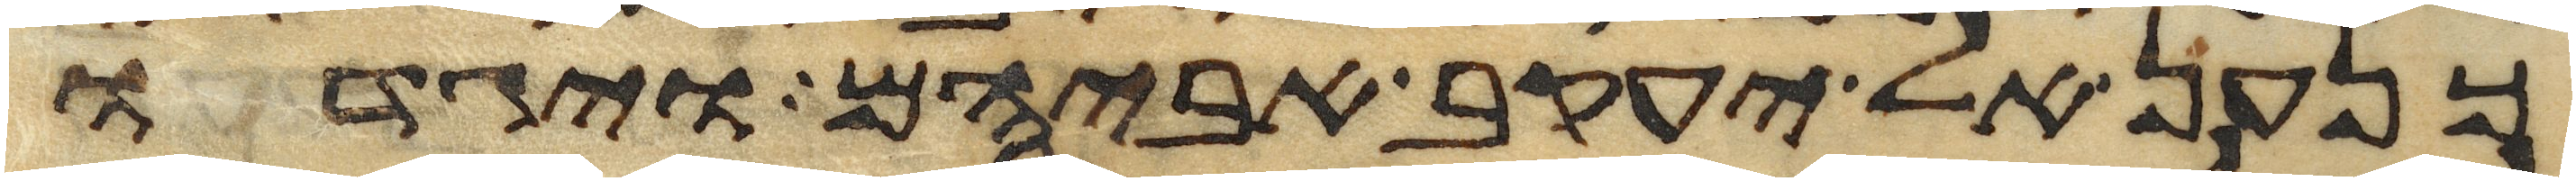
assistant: כנען אל יעקב אביהם ויגדו